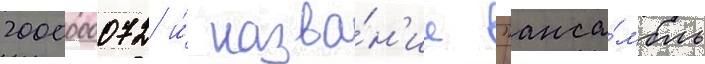
2000000072 и́ назва́н'ие "анса́мбль